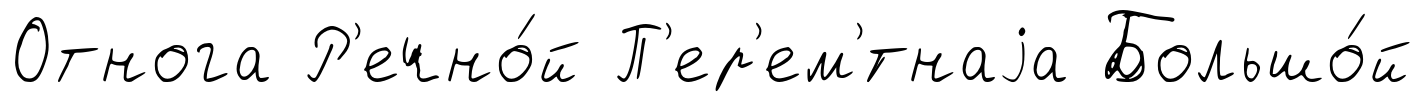
Отнога Р'ечно́й П'ер'ем'́тнаjа Большо́й